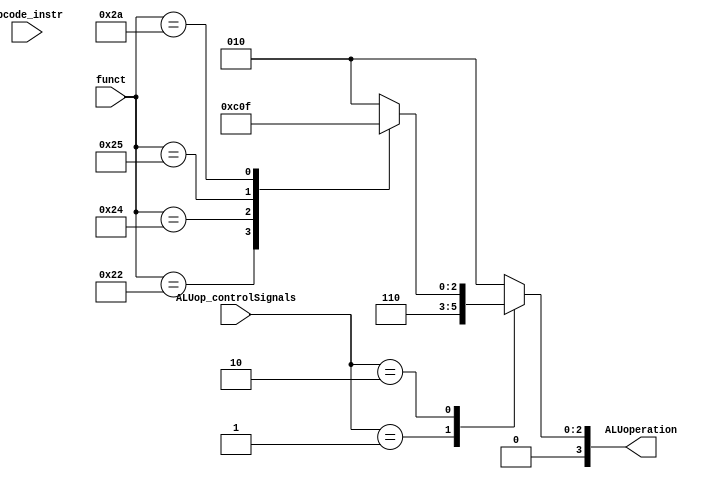
module ALUcontrol(
	output reg [3:0] ALUoperation,
	input [5:0] opcode_instr,
	input [1:0] ALUop_controlSignals,
	input [5:0] funct
    );

	always @(*)
		begin
			case (ALUop_controlSignals)
				2'b00:
					begin
						ALUoperation = 4'b0010;
					end
				2'b01: ALUoperation = 4'b0110;
				2'b10:
					begin
						case (funct)
							6'b100000: ALUoperation = 4'b0010;
							6'b100010: ALUoperation = 4'b0110;
							6'b100100: ALUoperation = 4'b0000;
							6'b100101: ALUoperation = 4'b0001;
							6'b101010: ALUoperation = 4'b0111;
							default: ALUoperation = 4'b0010;
						endcase
					end
				default: ALUoperation = 4'b0010;
			endcase
		end

endmodule